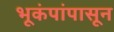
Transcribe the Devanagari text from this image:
भूकंपांपासून